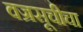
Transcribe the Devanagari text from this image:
वज्रसूचीचा